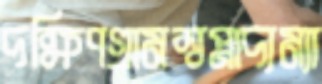
দক্ষিণগ্রামস্বপ্নাদ্যম্যা